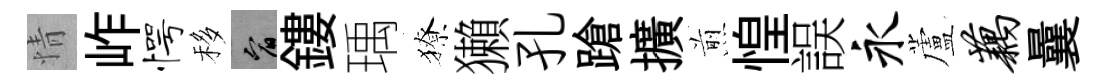
情岞愕移宥鏤瑀獠獺孔蹌擴煎惶誤永蘆藕曩